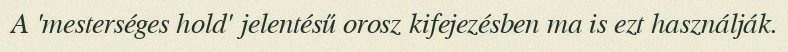
A 'mesterséges hold' jelentésű orosz kifejezésben ma is ezt használják.